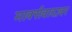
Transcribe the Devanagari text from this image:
मार्क्सवादावर